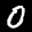
Label: 0